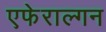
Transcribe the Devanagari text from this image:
एफेराल्गन